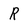
Character: R